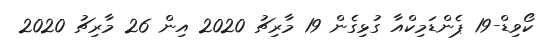
ކޯވިޑް-19 ޕެންޑަމިކްއާ ގުޅިގެން 19 މާރިޗު 2020 އިން 26 މާރިޗު 2020